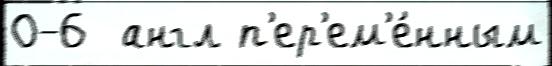
0-6  англ п'ер'ем'е́нным